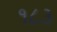
૧૮૩